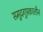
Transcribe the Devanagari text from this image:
समुद्रगुप्तकालीन